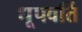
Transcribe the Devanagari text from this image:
धूपवर्ति